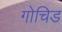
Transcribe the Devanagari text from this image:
गोचिड